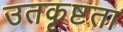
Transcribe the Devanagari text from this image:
उतकृष्टता